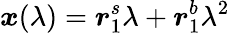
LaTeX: \boldsymbol{x}(\lambda)=\boldsymbol{r}_{1}^{s}\lambda+\boldsymbol{r}_{1}^{b}\lambda^{2}